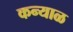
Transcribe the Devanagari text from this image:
कन्याळ